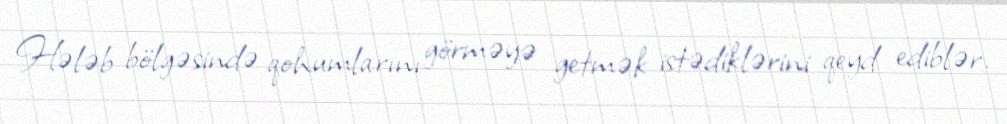
Hələb bölgəsində qohumlarını görməyə getmək istədiklərini qeyd ediblər.